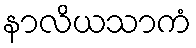
နာလိယသာကံ